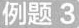
例题3